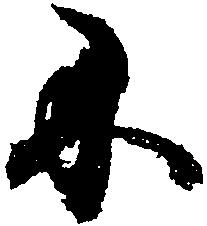
に